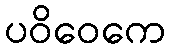
ပဝိဝေကေ